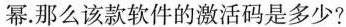
幂.那么该款软件的激活码是多少？